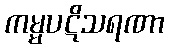
ကမ္မပဋိသရဏာ